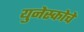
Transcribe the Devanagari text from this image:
युनेस्‍कोचे